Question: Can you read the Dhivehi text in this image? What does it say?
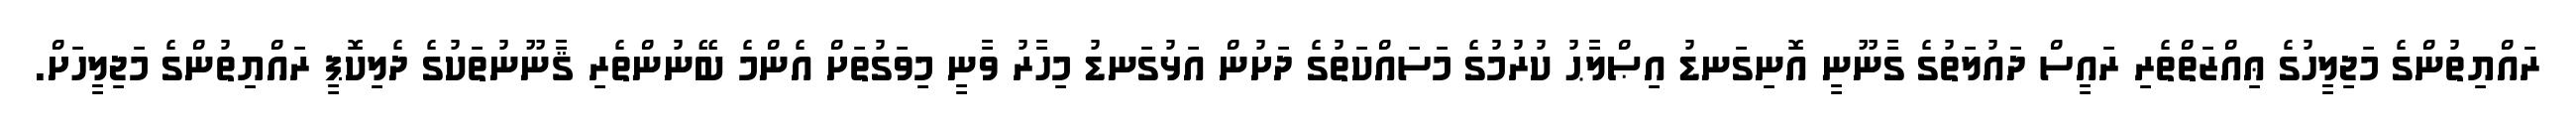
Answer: ރައްޔިތުންގެ މަޖިލީހުގެ ޢިއްޒަތްތެރި ރައީސް ދައުލަތުގެ ގާނޫނީ އޮނިގަނޑު އިޞްލާޙު ކުރުމުގެ މަސައްކަތުގެ ދަށުން އަޅުގަނޑު މިހާރު ވާނީ މިވަގުތަށް އެންމެ ބޭނުންތެރި ޤާނޫނުތަކުގެ ދެލިކޮޕީ ރައްޔިތުންގެ މަޖިލީހަށް.